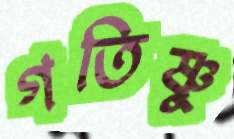
গতিষ্ণু